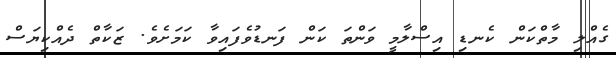
ގެއްލި މާތްކަން ކެނޑި އިސްލާމީ ވަންތަ ކަން ފަނޑުވެފައިވާ ކަމަށެވެ. ޒަކާތް ދެއްކިޔަސް